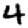
Digit: 4